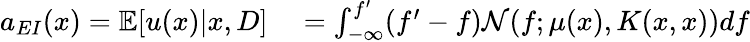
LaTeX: \begin{array}{rl}{a_{EI}(x)=\mathbb{E}[u(x)|x,D]}&{{}=\int_{-\infty}^{f^{\prime}}(f^{\prime}-f)\mathcal{N}(f;\mu(x),K(x,x))df}\end{array}